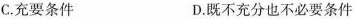
C.充要条件 D.既不充分也不必要条件